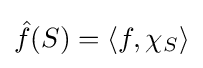
{\hat {f}}(S)=\langle f,\chi _{S}\rangle